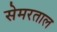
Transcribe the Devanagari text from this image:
सेमरताल